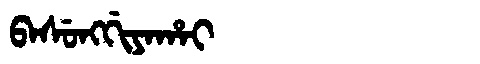
Manchu: ᠪᠠᠰᡠᠩᡤᡳᠶᠠᡥᠠᡳ
Romanization: BASUNGGIYAHAI